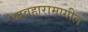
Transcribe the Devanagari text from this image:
व्यवहारामागील